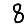
Digit: 8